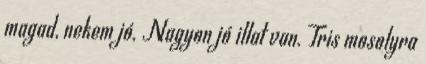
magad, nekem jó. Nagyon jó illat van. Tris mosolyra